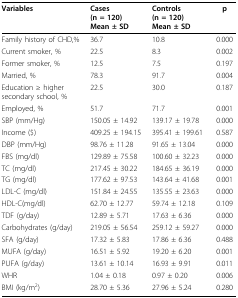
<table><thead><tr><td><b>Variables</b></td><td><b>Cases(n = 120)Mean ± SD</b></td><td><b>Controls(n = 120)Mean ± SD</b></td><td><b>p</b></td></tr></thead><tbody><tr><td>Family history of CHD,%</td><td>36.7</td><td>10.8</td><td>0.000</td></tr><tr><td>Current smoker, %</td><td>22.5</td><td>8.3</td><td>0.002</td></tr><tr><td>Former smoker, %</td><td>12.5</td><td>7.5</td><td>0.197</td></tr><tr><td>Married, %</td><td>78.3</td><td>91.7</td><td>0.004</td></tr><tr><td>Education ≥ higher secondary school, %</td><td>22.5</td><td>30.0</td><td>0.187</td></tr><tr><td>Employed, %</td><td>51.7</td><td>71.7</td><td>0.001</td></tr><tr><td>SBP (mm/Hg)</td><td>150.05 ± 14.92</td><td>139.17 ± 19.78</td><td>0.000</td></tr><tr><td>Income ($)</td><td>409.25 ± 194.15</td><td>395.41 ± 199.61</td><td>0.587</td></tr><tr><td>DBP (mm/Hg)</td><td>98.76 ± 11.28</td><td>91.65 ± 13.04</td><td>0.000</td></tr><tr><td>FBS (mg/dl)</td><td>129.89 ± 75.58</td><td>100.60 ± 32.23</td><td>0.000</td></tr><tr><td>TC (mg/dl)</td><td>217.45 ± 30.22</td><td>184.65 ± 36.19</td><td>0.000</td></tr><tr><td>TG (mg/dl)</td><td>177.62 ± 97.53</td><td>143.64 ± 41.68</td><td>0.001</td></tr><tr><td>LDL-C (mg/dl)</td><td>151.84 ± 24.55</td><td>135.55 ± 23.63</td><td>0.000</td></tr><tr><td>HDL-C(mg/dl)</td><td>62.70 ± 12.77</td><td>59.74 ± 12.18</td><td>0.109</td></tr><tr><td>TDF (g/day)</td><td>12.89 ± 5.71</td><td>17.63 ± 6.36</td><td>0.000</td></tr><tr><td>Carbohydrates (g/day)</td><td>219.05 ± 56.54</td><td>259.12 ± 59.27</td><td>0.000</td></tr><tr><td>SFA (g/day)</td><td>17.32 ± 5.83</td><td>17.86 ± 6.36</td><td>0.488</td></tr><tr><td>MUFA (g/day)</td><td>16.51 ± 5.92</td><td>19.20 ± 6.20</td><td>0.001</td></tr><tr><td>PUFA (g/day)</td><td>13.61 ± 10.14</td><td>16.93 ± 9.91</td><td>0.011</td></tr><tr><td>WHR</td><td>1.04 ± 0.18</td><td>0.97 ± 0.20</td><td>0.006</td></tr><tr><td>BMI (kg/m<sup>2</sup>)</td><td>28.70 ± 5.36</td><td>27.96 ± 5.24</td><td>0.280</td></tr></tbody></table>